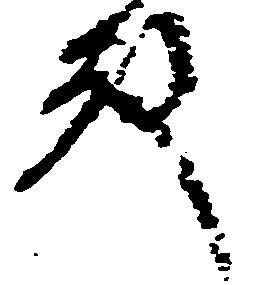
殿